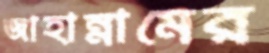
জাহান্নামের